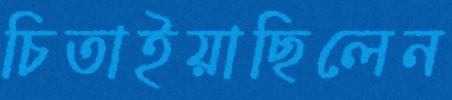
চিতাইয়াছিলেন